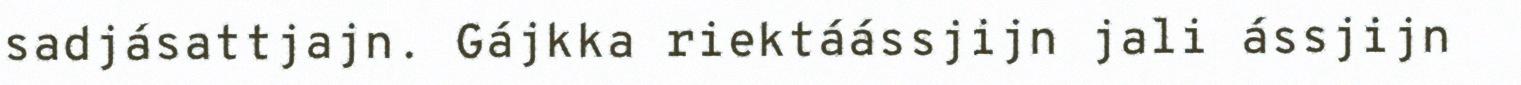
sadjásattjajn. Gájkka riektáássjijn jali ássjijn